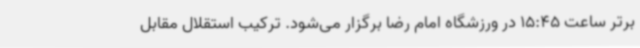
برتر ساعت 15:45 در ورزشگاه امام رضا برگزار می‌شود. ترکیب استقلال مقابل